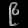
Digit: ၉